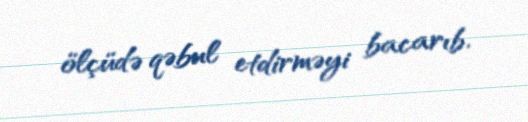
ölçüdə qəbul etdirməyi bacarıb.